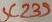
Text: SC239